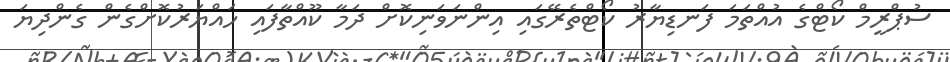
ސުޕްރީމް ކޯޓްގެ އުއްތަމަ ފަނޑިޔާރު ކޯޓްތެރޭގައި އިންނަވަނިކޮށް ދަމާ ކޫއްތާފައި ހައްޔަރުކޮށްގެން ގެންދިޔަ